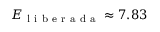
E _ { \mathrm { ~ l ~ i ~ b ~ e ~ r ~ a ~ d ~ a ~ } } \approx 7 . 8 3